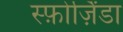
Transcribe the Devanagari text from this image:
स्फ़ोर्ज़िंडा